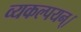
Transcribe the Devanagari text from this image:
व्यकल्पयन्।